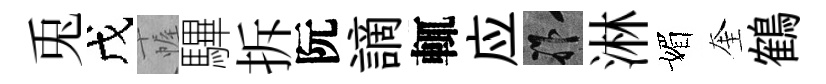
兎戊幄驆拆阮謫輒应祚淋媚奎鶴